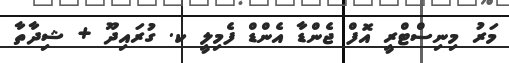
މަރު މިނިސްޓްރީ އޮފް ޖެންޑާ އެންޑް ފެމިލީ ކ. ގުރައިދޫ + ޝިދާތާ